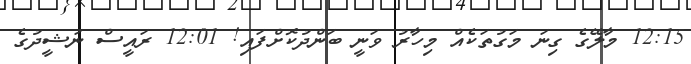
12:15 މާލޭގެ ގިނަ މަގުތަކެއް މިހާރު ވަނީ ބަންދުކޮށްފައި! 12:01 ރައީސް ނަޝީދުގެ